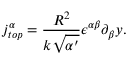
j _ { t o p } ^ { \alpha } = \frac { R ^ { 2 } } { k \sqrt { \alpha ^ { \prime } } } \epsilon ^ { \alpha \beta } \partial _ { \beta } y .